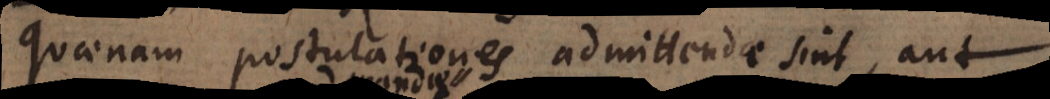
quaenam postulationes admittendae sint, aut